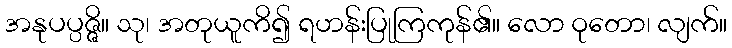
အနုပပ္ပဇ္ဇိ။ သု၊ အတုယူကိ၍ ရဟန်းပြုကြကုန်၏။ လော ဝုတော၊ လျက်။